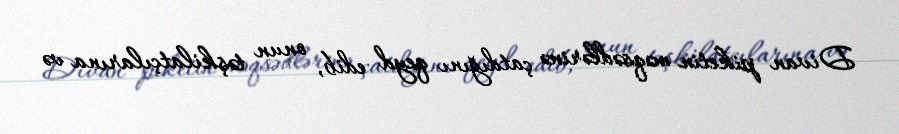
Divan piketin məqsədlərinə çatdığını qeyd edib, onun təşkilatçılarına və